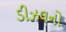
ડીઝલનો